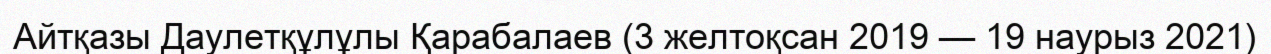
Айтқазы Даулетқұлұлы Қарабалаев (3 желтоқсан 2019 — 19 наурыз 2021)